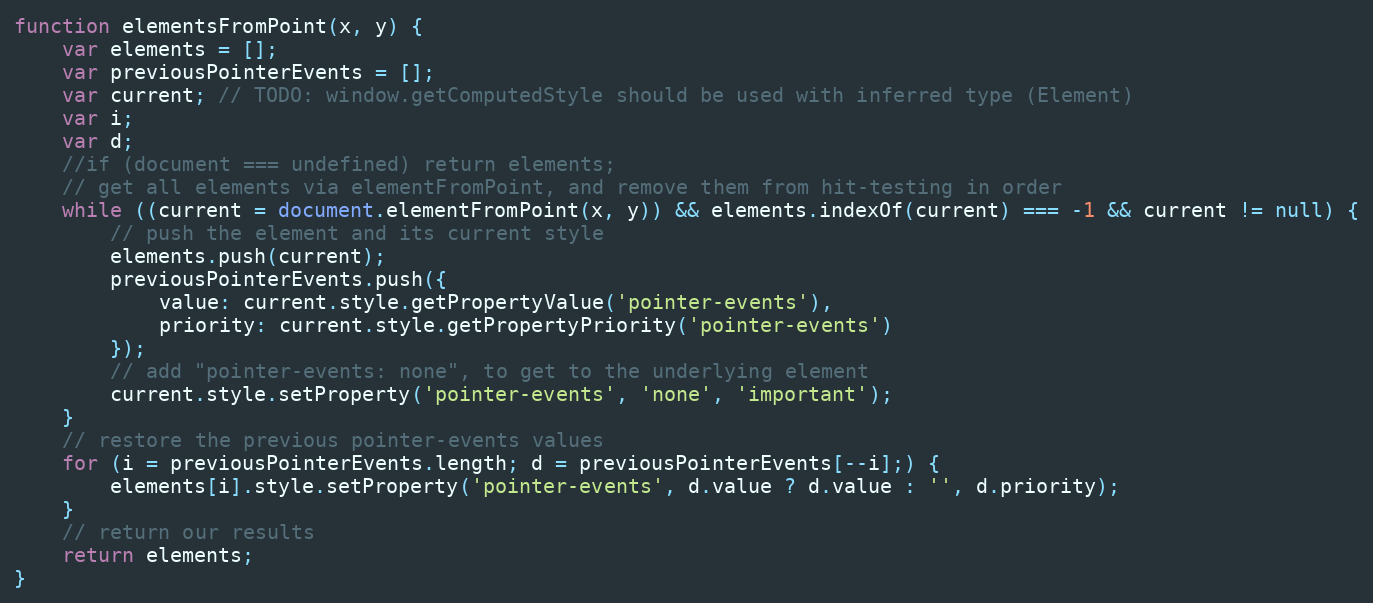
Language: JavaScript
function elementsFromPoint(x, y) {
    var elements = [];
    var previousPointerEvents = [];
    var current; // TODO: window.getComputedStyle should be used with inferred type (Element)
    var i;
    var d;
    //if (document === undefined) return elements;
    // get all elements via elementFromPoint, and remove them from hit-testing in order
    while ((current = document.elementFromPoint(x, y)) && elements.indexOf(current) === -1 && current != null) {
        // push the element and its current style
        elements.push(current);
        previousPointerEvents.push({
            value: current.style.getPropertyValue('pointer-events'),
            priority: current.style.getPropertyPriority('pointer-events')
        });
        // add "pointer-events: none", to get to the underlying element
        current.style.setProperty('pointer-events', 'none', 'important');
    }
    // restore the previous pointer-events values
    for (i = previousPointerEvents.length; d = previousPointerEvents[--i];) {
        elements[i].style.setProperty('pointer-events', d.value ? d.value : '', d.priority);
    }
    // return our results
    return elements;
}